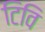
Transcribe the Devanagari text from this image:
टिवि